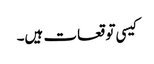
کیسی توقعات ہیں۔